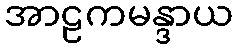
အာဠကမန္ဒာယ